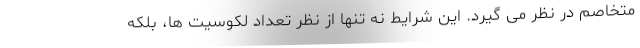
متخاصم در نظر می گیرد. این شرایط نه تنها از نظر تعداد لکوسیت ها، بلکه